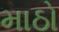
માઠો